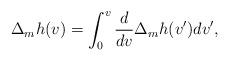
LaTeX: \begin{align*} \Delta_mh(v)=\int_0^v\frac{d}{dv}\Delta_mh(v')dv',\end{align*}